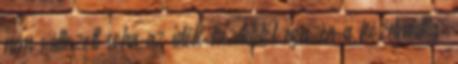
nem változott soha az idők kezdetétől egészen a közelmúltig: